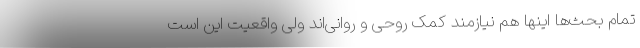
تمام بحث‌ها اینها هم نیازمند کمک روحی و روانی‌اند ولی واقعیت این است